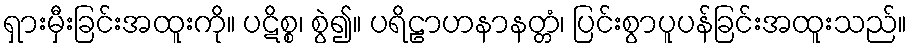
ရှားမှီးခြင်းအထူးကို။ ပဋိစ္စ၊ စွဲ၍။ ပရိဠာဟနာနတ္တံ၊ ပြင်းစွာပူပန်ခြင်းအထူးသည်။